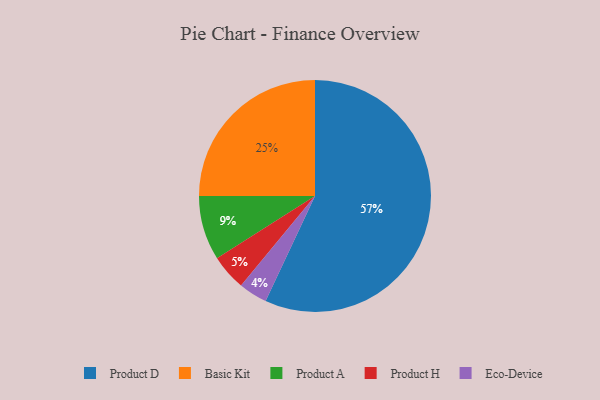
{"axis": {"x": "Category", "y": "Percentage"}, "legend": ["Basic Kit", "Eco-Device", "Product A", "Product D", "Product H"], "data": [{"x": "Basic Kit", "y": 25, "type": "Basic Kit"}, {"x": "Eco-Device", "y": 4, "type": "Eco-Device"}, {"x": "Product D", "y": 57, "type": "Product D"}, {"x": "Product H", "y": 5, "type": "Product H"}, {"x": "Product A", "y": 9, "type": "Product A"}]}